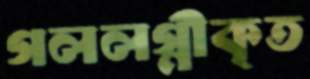
গললগ্নীকৃত